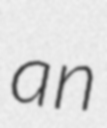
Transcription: an